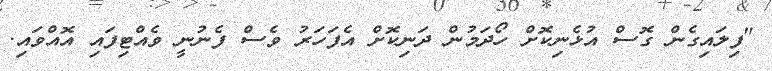
"ފިލައިގެން ގޮސް އުޅެނިކޮށް ހޯދަމުން ދަނިކޮށް އެފަހަރު ވެސް ފެނުނީ ވެއްޓިފައި އޮއްވައި.